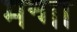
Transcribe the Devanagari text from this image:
मन्गा